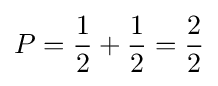
P={\frac {1}{2}}+{\frac {1}{2}}={\frac {2}{2}}